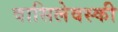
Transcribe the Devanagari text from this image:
वासिलेवस्की